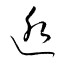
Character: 逅